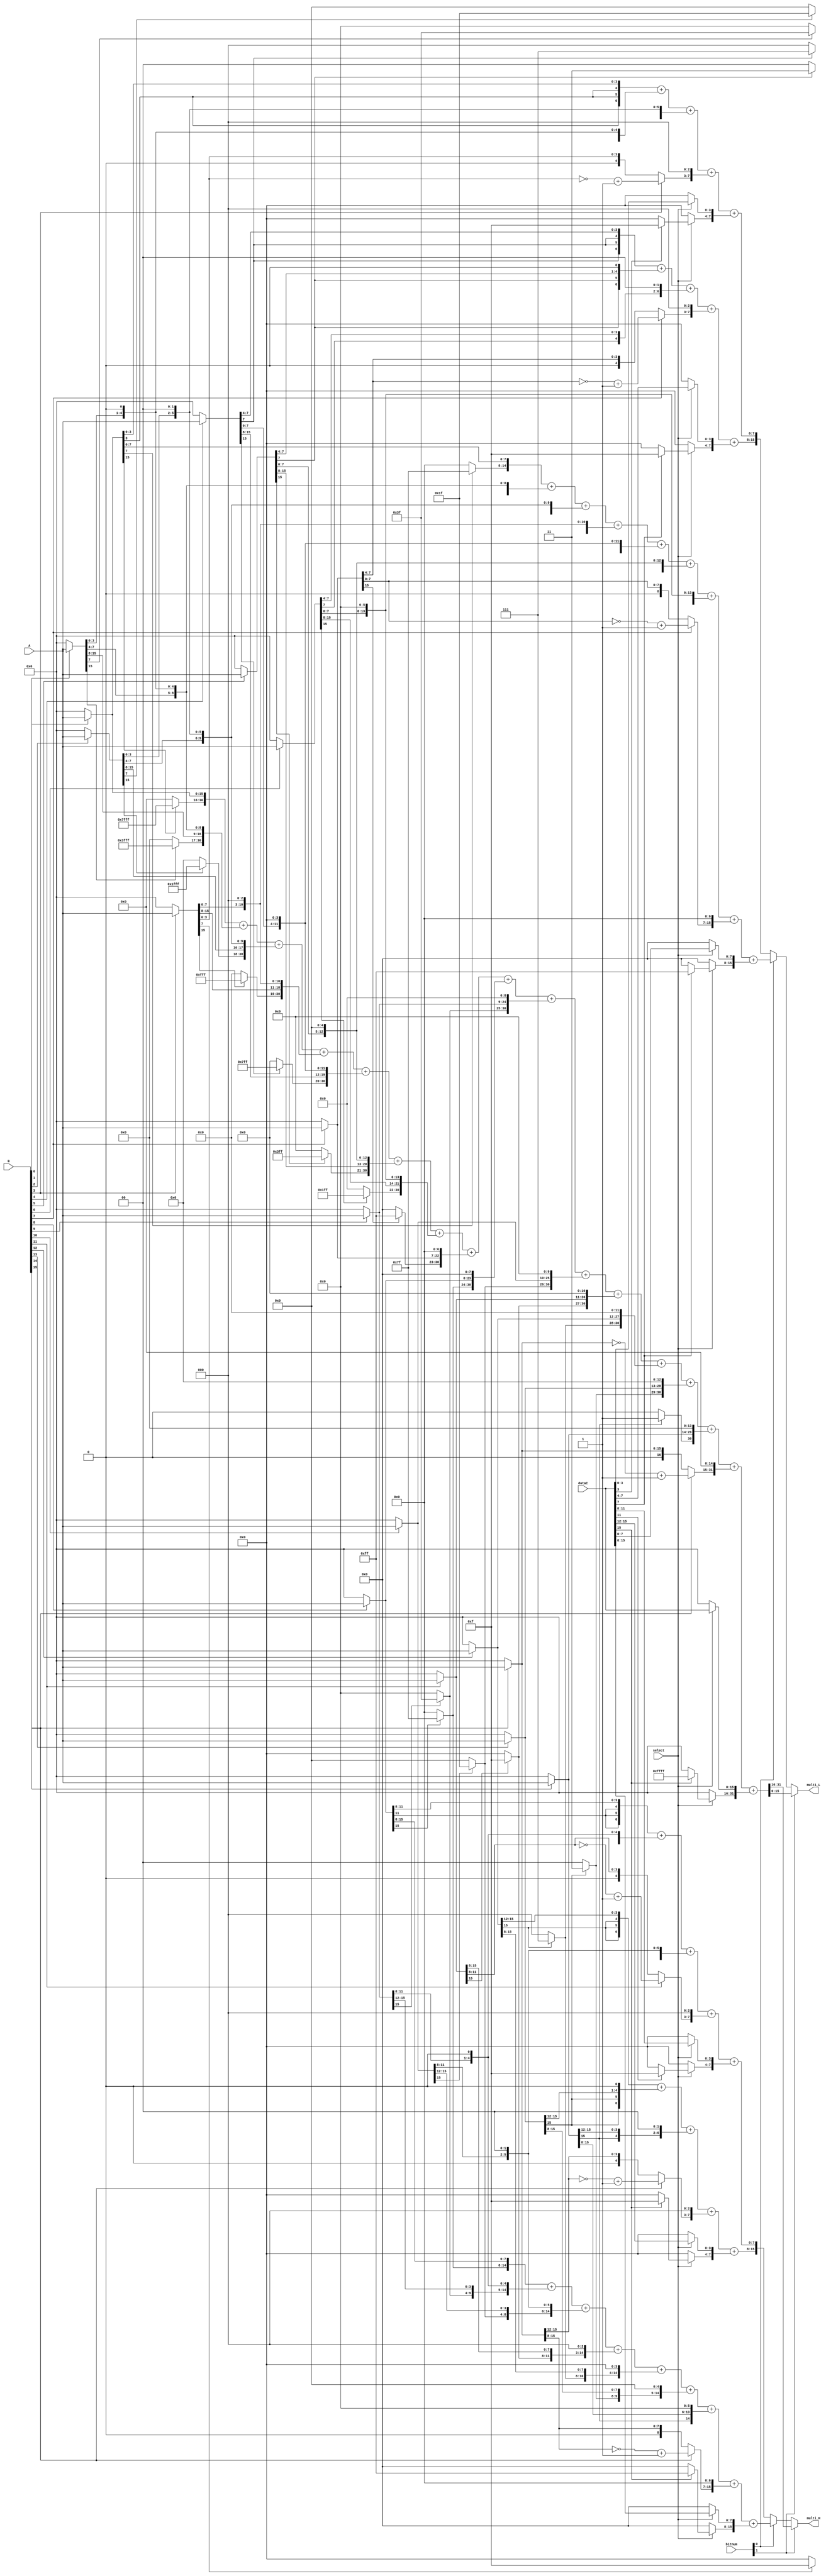
module multi(
input [15:0] A,
input [15:0] B,
input [15:0] dataC,
input [1:0] bitnum,
input select,
output [15:0] multi_H,
output [15:0] multi_L
);

wire [15:0] m0,m1,m2,m3,m4,m5,m6,m7,m8,m9,m10,m11,m12,m13,m14,m15;
wire [31:0] c0,c1,c2;

assign m0 = B[0]? A : 0;
assign m1 = B[1]? A : 0;
assign m2 = B[2]? A : 0;
assign m3 = B[3]? A : 0;
assign m4 = B[4]? A : 0;
assign m5 = B[5]? A : 0;
assign m6 = B[6]? A : 0;
assign m7 = B[7]? A : 0;
assign m8 = B[8]? A : 0;
assign m9 = B[9]? A : 0;
assign m10 = B[10]? A : 0;
assign m11 = B[11]? A : 0;
assign m12 = B[12]? A : 0;
assign m13 = B[13]? A : 0;
assign m14 = B[14]? A : 0;
assign m15 = B[15]? A : 0;


assign c0[7:0]  = {m0[3]  ,m0[3]  ,m0[3]  ,m0[3:0]}   + {m1[3],  m1[3],  m1[3:0],   1'b0}+ {m2[3],  m2[3:0],   2'b0}+ {B[3]? (~m3[3:0]+1):m3[3:0],      3'b0}+ {select? (dataC[3]?4'hf:4'b0):4'b0,select?dataC[3:0]:4'b0};
assign c0[15:8] = {m4[7]  ,m4[7]  ,m4[7]  ,m4[7:4]}   + {m5[7],  m5[7],  m5[7:4],   1'b0}+ {m6[7],  m6[7:4],   2'b0}+ {B[7]? (~m7[7:4]+1):m7[7:4],      3'b0}+ {select? (dataC[7]?4'hf:4'b0):4'b0,select?dataC[7:4]:4'b0};
assign c0[23:16]= {m8[11] ,m8[11] ,m8[11] ,m8[11:8]}  + {m9[11], m9[11], m9[11:8],  1'b0}+ {m10[11],m10[11:8], 2'b0}+ {B[11]?(~m11[11:8]+1):m11[11:8],  3'b0}+ {select? (dataC[11]?4'hf:4'b0):4'b0,select?dataC[11:8]:4'b0};
assign c0[31:24]= {m12[15],m12[15],m12[15],m12[15:12]}+ {m13[15],m13[15],m13[15:12],1'b0}+ {m14[15],m14[15:12],2'b0}+ {B[15]?(~m15[15:12]+1):m15[15:12],3'b0}+ {select? (dataC[15]?4'hf:4'b0):4'b0,select?dataC[15:12]:4'b0};

assign c1[15:0] = {m0[7]?7'h7f:7'h0,m0[7:0]}   +{m1[7]?6'h3F:6'h0,m1[7:0],1'b0}   + {m2[7]?5'h1f:5'h0,m2[7:0],2'b00}    + {m3[7]?4'hf:4'h0,m3[7:0],3'b0}+
				   {m4[7]?3'h7:3'h0, m4[7:0],4'b0}     +{m5[7]?2'h3:2'h0,m5[7:0],5'b0}     +{m6[7],m6[7:0],6'b0}     +{B[7]?(~m7[7:0]+1):m7[7:0],7'b0}      +{select? (dataC[7]?8'hff:8'b0):8'b0,select?dataC[7:0]:8'b0};
assign c1[31:16]= {m8[15]?7'h7f:7'h0,m8[15:8]} +{m9[15]?6'h3F:6'h0,m9[15:8],1'b0} + {m10[15]?5'h1f:5'h0,m10[15:8],2'b00}+ {m11[15]?4'hf:4'h0,m11[15:8],3'b0}+
				   {m12[15]?3'h7:3'h0, m12[15:8],4'b0} +{m13[15]?2'h3:2'h0,m13[15:8],5'b0} +{m14[15],m14[15:8],6'b0} +{B[15]?(~m15[15:8]+1):m15[15:8],7'b0} +{select? (dataC[15]?8'hff:8'b0):8'b0,select?dataC[15:8]:8'b0};

assign c2 = {m0[15]? 15'h7fff:15'h0,m0}       +{m1[15]? 14'h3fff:14'h0, m1,1'b0}  +{m2[15]? 13'h1fff:13'h0,m2 ,2'b0} +{m3[15]? 12'hfff:12'h0,m3,3'b0}
	       +{m4[15]? 11'h7ff :11'h0,m4 ,4'b0} +{m5[15]? 10'h3ff :10'h0, m5,5'b0}  +{m6[15]?  9'h1ff : 9'h0,m6 ,6'b0} +{m7[15]?  8'hff :8'h0, m7,7'b0}
           +{m8[15]?  7'h7f  : 7'h0,m8 ,8'b0} +{m9[15]?  6'h3f  : 6'h0, m9,9'b0}  +{m10[15]? 5'h1f  : 5'h0,m10,10'b0}+{m11[15]? 4'hf  :4'h0, m11,11'b0}
           +{m12[15]? 3'h7   : 3'h0,m12,12'b0}+{m13[15]? 2'h3   : 2'h0, m13,13'b0}+{m14[15]? 1'h1   : 1'h0,m14,14'b0}+{B[15]?(~m15+1):m15,15'b0}+{select? (dataC[15]?16'hffff:16'b0):16'b0,select?dataC:16'b0};

assign multi_H=bitnum[1]? c2[31:16]:(bitnum[0]? c1[31:16]:c0[31:16]);
assign multi_L=bitnum[1]? c2[15:0]:(bitnum[0]? c1[15:0]:c0[15:0]);

endmodule